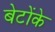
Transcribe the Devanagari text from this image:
बेटोंके